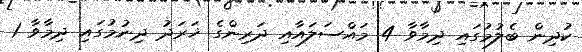
ކުދިން ބެލުމުގައި ދިމާވާ 4 މައްސަލައާއި ދަރިންގެ ޚަރަދު ދިނުމުގައި ދިމާވާ 1